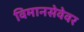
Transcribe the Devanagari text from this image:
विमानसेवेवर